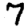
Digit: 7